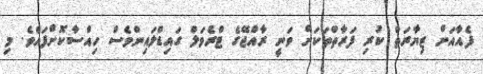
ފެއާއަށް ޒިޔާރަތް ކުރި ފަރާތްތަކަށް ވަނީ ރާއްޖޭގެ ޓްރެވަލް ގައިޑްލައިންވެސް ހިއްސާކޮށްފައެވެ. މި